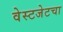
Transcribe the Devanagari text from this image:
वेस्टजेटचा